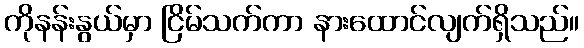
ကိုနန်းနွယ်မှာ ငြိမ်သက်ကာ နားထောင်လျက်ရှိသည်။